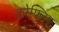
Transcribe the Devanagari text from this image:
कोफ्लिए